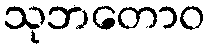
သုဘတောဝ